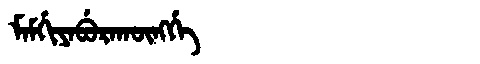
Manchu: ᠮᠠᠮᡤᡳᠶᠠᠪᡠᡵᠠᡴᡡᠩᡤᡝ
Romanization: MAMGIYABURAKŪNGGE